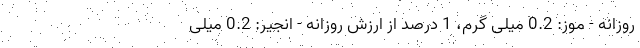
روزانه - موز: 0.2 میلی گرم، 1 درصد از ارزش روزانه - انجیر: 0.2 میلی